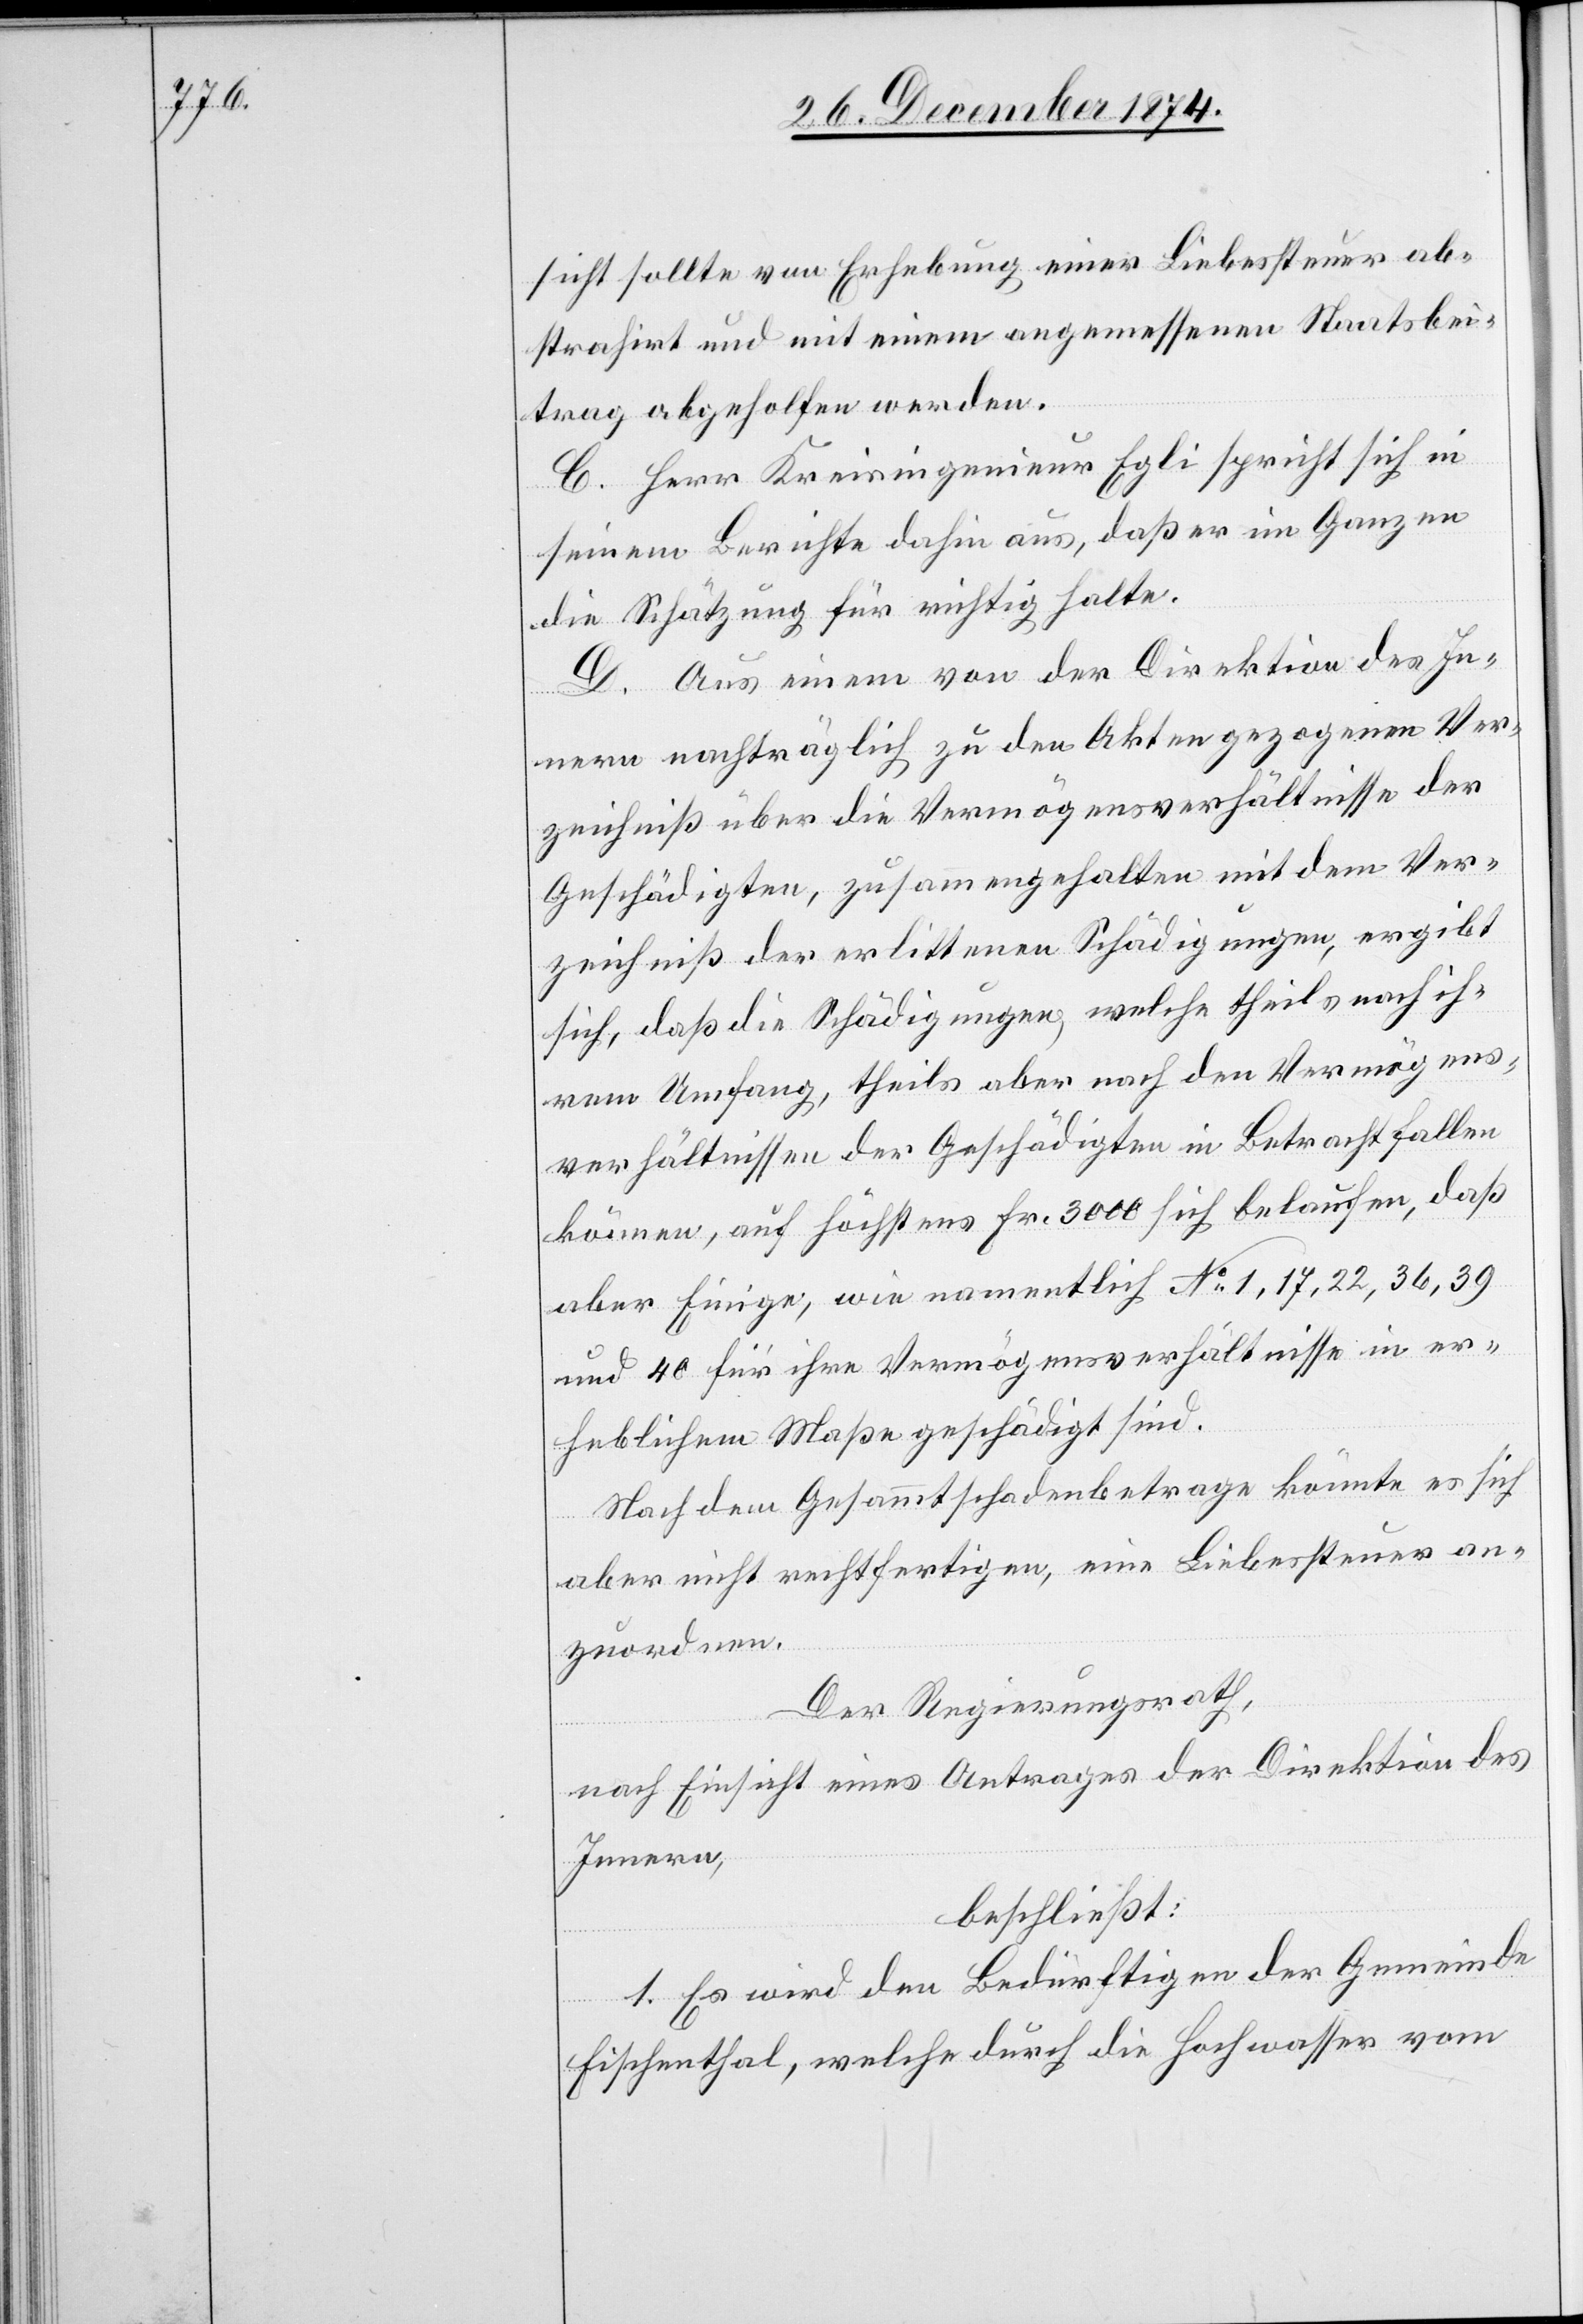
sicht sollte von Erhebung einer Liebessteuer ab¬
strahirt und mit einem angemessenen Staatsbei¬
trage abgeholfen werden.
C. Herr Kreisingenieur Egli spricht sich in
seinem Bericht dahin aus, daß er im Ganzen
die Schätzung für richtig halte.
D. Aus einem von der Direktion des In¬
nern nachträglich zu den Akten gezogenen Ver¬
zeichniß über die Vermögensverhältnisse des
Geschädigten, zusammengehalten mit dem Ver¬
zeichniß der erlittenen Schädigungen, ergibt
sich, daß die Schädigungen, welche theils nach ih¬
rem Umfang, theils aber nach den Vermögens¬
verhältnissen der Geschädigten in Betracht fallen
können, auf höchstens Fr. 3000 sich belaufen, daß
aber Einige, wie namentlich No 1, 17, 22, 36, 39
und 40 für ihre Vermögensverhältnisse in er¬
heblichem Maße geschädigt sind.
Nach dem Gesammtschadenbetrage könnte es sich
aber nicht rechtfertigen, eine Liebessteuer an¬
zuordnen.
Der Regierungsrath,
nach Einsicht eines Antrages der Direktion des
Innern,
beschließt:
1. Es wird den Bedürftigen der Gemeinde
Fischenthal, welche durch die Hochwasser vom